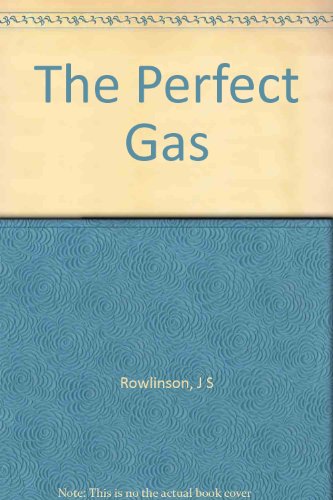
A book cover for The Perfect Gas; J S Rowlinson; Science & Math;